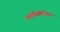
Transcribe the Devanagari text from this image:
शाळेसमोरून